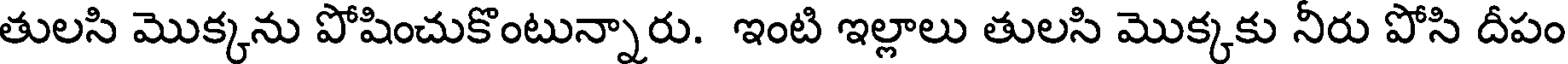
తులసి మొక్కను పోషించుకొంటున్నారు. ఇంటి ఇల్లాలు తులసి మొక్కకు నీరు పోసి దీపం